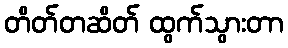
တိတ်တဆိတ် ထွက်သွားတာ